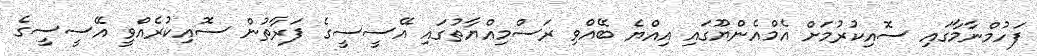
ފަހުމްނާމާގައި ސޮއިކުރުމަށް އެމްއެންޔޫގައި އިއްޔެ ބޭއްވި ރަސްމިއްޔާތުގައި އޭސީސީގެ ފަރާތުން ސޮއިކުރެއްވީ އޭސީސީގެ